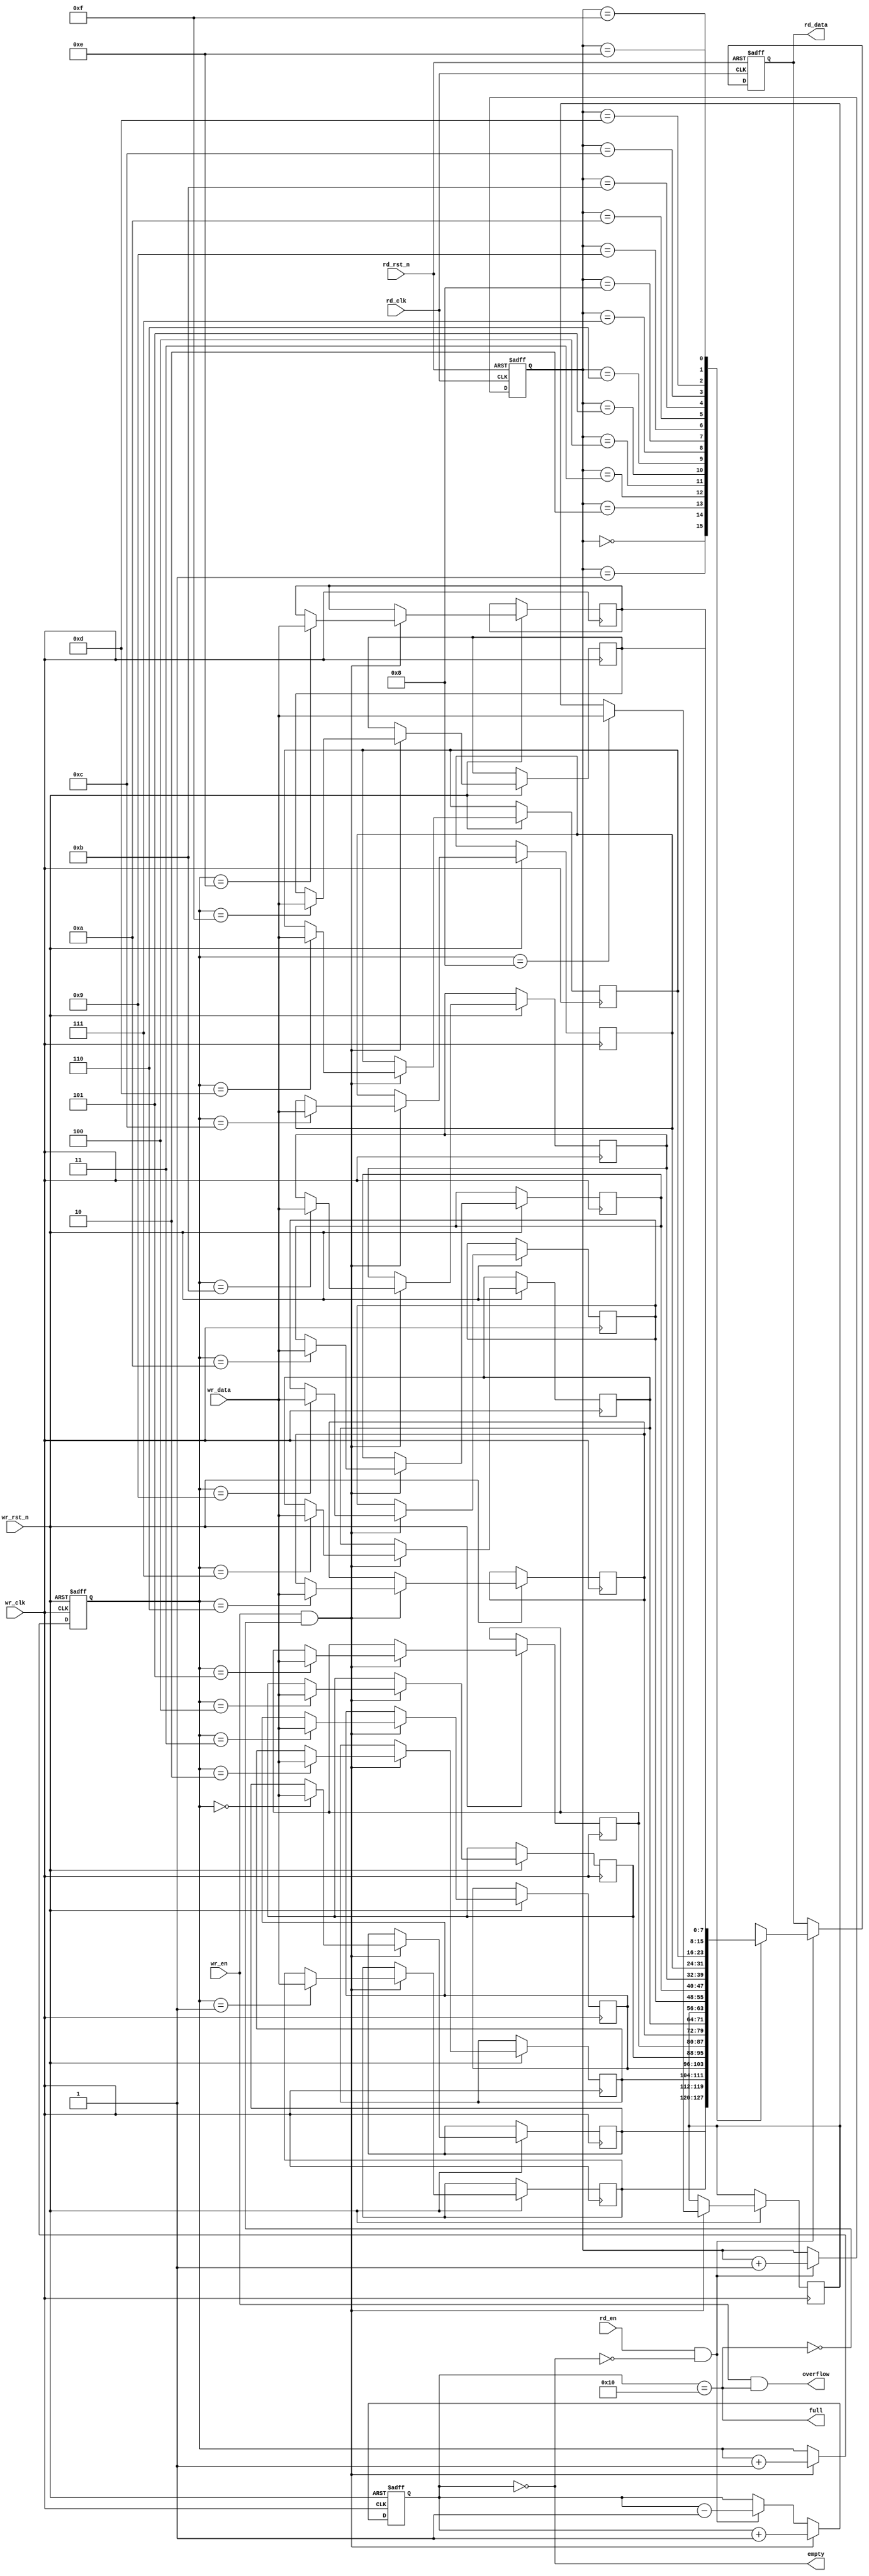
module async_fifo #(
    parameter DATA_WIDTH = 8, // Width of the data
    parameter FIFO_DEPTH = 16  // Depth of the FIFO (must be a power of 2)
) (
    input wire wr_clk,            // Write clock
    input wire wr_rst_n,          // Write reset (active low)
    input wire wr_en,             // Write enable
    input wire [DATA_WIDTH-1:0] wr_data, // Write data
    output wire full,             // Full flag
    output wire overflow,         // Overflow flag

    input wire rd_clk,            // Read clock
    input wire rd_rst_n,          // Read reset (active low)
    input wire rd_en,             // Read enable
    output wire [DATA_WIDTH-1:0] rd_data, // Read data
    output wire empty             // Empty flag
);

    // RAM to store FIFO data
    reg [DATA_WIDTH-1:0] fifo_mem [0:FIFO_DEPTH-1];

    // Pointers
    reg [clog2(FIFO_DEPTH)-1:0] wr_ptr;
    reg [clog2(FIFO_DEPTH)-1:0] rd_ptr;
    reg [clog2(FIFO_DEPTH):0] fifo_count; // Counter for FIFO depth

    // Status flags
    assign full = (fifo_count == FIFO_DEPTH);
    assign empty = (fifo_count == 0);
    assign overflow = (wr_en && full);

    // Write logic
    always @(posedge wr_clk or negedge wr_rst_n) begin
        if (!wr_rst_n) begin
            wr_ptr <= 0;
        end else if (wr_en && !full) begin
            fifo_mem[wr_ptr] <= wr_data;
            wr_ptr <= wr_ptr + 1;
        end
    end

    // Read logic
    reg [DATA_WIDTH-1:0] rd_data_reg;
    always @(posedge rd_clk or negedge rd_rst_n) begin
        if (!rd_rst_n) begin
            rd_ptr <= 0;
            rd_data_reg <= 0;
        end else if (rd_en && !empty) begin
            rd_data_reg <= fifo_mem[rd_ptr];
            rd_ptr <= rd_ptr + 1;
        end
    end
    assign rd_data = rd_data_reg;

    // FIFO count management
    always @(posedge wr_clk or negedge wr_rst_n) begin
        if (!wr_rst_n) begin
            fifo_count <= 0;
        end else if (wr_en && !full) begin
            fifo_count <= fifo_count + 1;
        end else if (rd_en && !empty) begin
            fifo_count <= fifo_count - 1;
        end
    end

    // Clock domain synchronization for read and write pointers
    reg [clog2(FIFO_DEPTH)-1:0] rd_ptr_sync;
    
    always @(posedge rd_clk or negedge rd_rst_n) begin
        if (!rd_rst_n) begin
            rd_ptr_sync <= 0;
        end else begin
            rd_ptr_sync <= rd_ptr;
        end
    end

    // Synchronizing FIFO read pointer
    reg [clog2(FIFO_DEPTH)-1:0] wr_ptr_sync;
    
    always @(posedge wr_clk or negedge wr_rst_n) begin
        if (!wr_rst_n) begin
            wr_ptr_sync <= 0;
        end else begin
            wr_ptr_sync <= wr_ptr;
        end
    end

    // Function to calculate log base 2
    function integer clog2(input integer value);
        integer i;
        begin
            clog2 = 0;
            for (i = 0; (2**i) < value; i = i + 1)
                clog2 = i + 1;
        end
    endfunction

endmodule